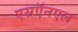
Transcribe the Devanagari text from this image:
एसऍनएल